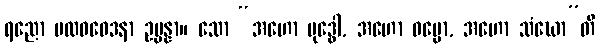
ရညော ဗလဝဝေဒနာ ဥပ္ပန္နာ။ သော “အဟော ဗုဒ္ဓေါ, အဟော ဓမ္မော, အဟော သံဃော”တိ